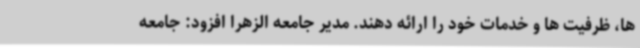
ها، ظرفیت ها و خدمات خود را ارائه دهند. مدیر جامعه الزهرا افزود: جامعه